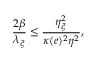
\frac { 2 \beta } { \lambda _ { \xi } } \leq \frac { \eta _ { \xi } ^ { 2 } } { \kappa ( e ) ^ { 2 } \eta ^ { 2 } } ,